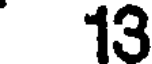
13